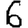
Digit: 6